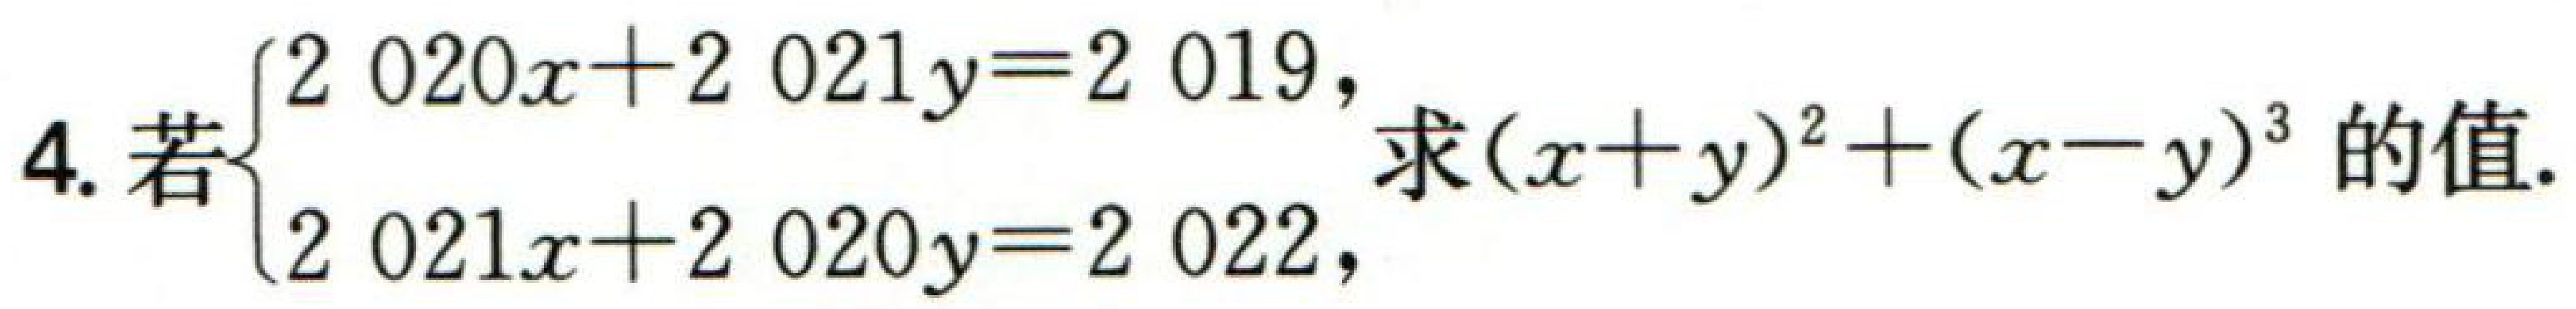
4.若$\begin{cases}2020x + 2021y = 2019,\\2021x + 2020y = 2022,\end{cases}$求$(x + y)^{2}+(x - y)^{3}$的值.